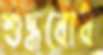
শুদ্ধবোধ